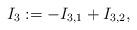
LaTeX: \begin{align*} I_3 := - I_{3,1} + I_{3,2},\end{align*}